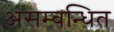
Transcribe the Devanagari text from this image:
असम्बन्धित